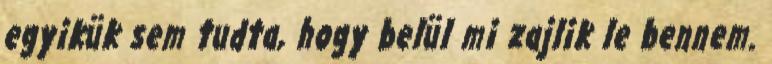
egyikük sem tudta, hogy belül mi zajlik le bennem.